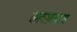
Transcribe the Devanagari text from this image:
लावावयास